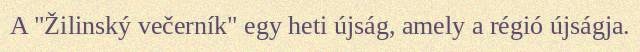
A "Žilinský večerník" egy heti újság, amely a régió újságja.